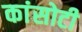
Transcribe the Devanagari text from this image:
कांसोटी